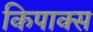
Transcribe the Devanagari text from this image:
किपाक्स